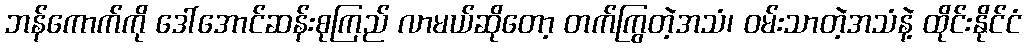
ဘန်ကောက်ကို ဒေါ်အောင်ဆန်းစုကြည် လာမယ်ဆိုတော့ တက်ကြွတဲ့အသံ၊ ဝမ်းသာတဲ့အသံနဲ့ ထိုင်းနိုင်ငံ